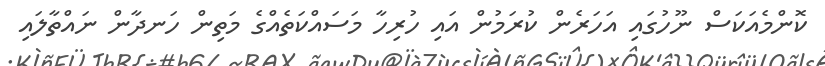
ކޮންމެއަކަސް ނޫހުގައި އަހަރެން ކުރަމުން އައި ހުރިހާ މަސައްކަތެއްގެ މަތިން ހަނދާން ނައްތާލައި